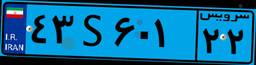
۹۴S۲۶۶۰۰